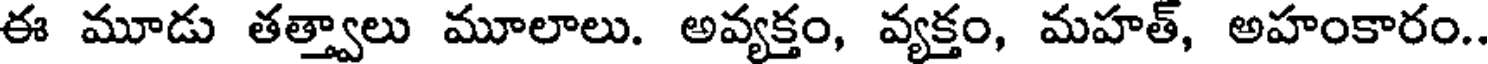
ఈ మూడు తత్త్వాలు మూలాలు. అవ్యక్తం, వ్యక్తం, మహత్, అహంకారం.